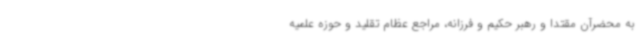
به محضرآن مقتدا و رهبر حکیم و فرزانه، مراجع عظام تقلید و حوزه علمیه